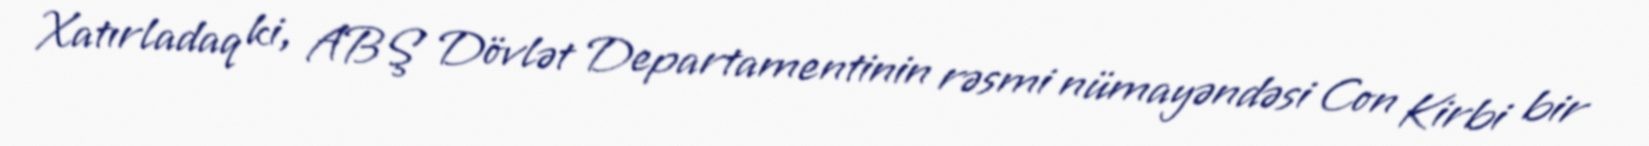
Xatırladaq ki, ABŞ Dövlət Departamentinin rəsmi nümayəndəsi Con Kirbi bir